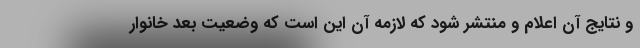
و نتایج آن اعلام و منتشر شود که لازمه آن این است که وضعیت بعد خانوار